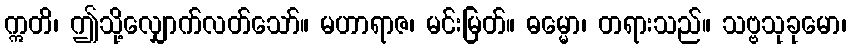
ဣတိ၊ ဤသို့လျှောက်လတ်သော်။ မဟာရာဇ၊ မင်းမြတ်။ ဓမ္မော၊ တရားသည်။ သဗ္ဗသုခုမော၊